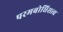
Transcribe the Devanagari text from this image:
परमबोधिसत्त्व